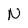
Character: N